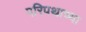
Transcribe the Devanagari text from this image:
परिपथाच्या